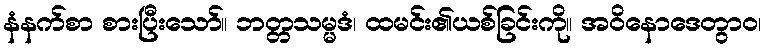
နံနက်စာ စားပြီးသော်။ ဘတ္တသမ္မဒံ၊ ထမင်း၏ယစ်ခြင်းကို။ အဝိနောဒေတွာဝ၊